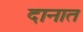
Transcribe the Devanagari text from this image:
दानात